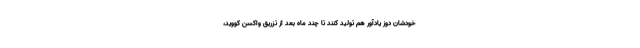
خودشان دوز یادآور هم تولید کنند تا چند ماه بعد از تزریق واکسن کووید،